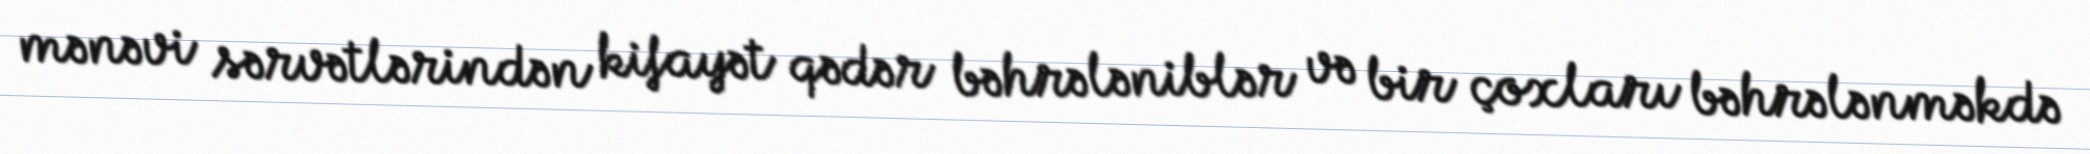
mənəvi sərvətlərindən kifayət qədər bəhrələniblər və bir çoxları bəhrələnməkdə